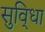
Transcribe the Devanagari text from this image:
सुवि्धा